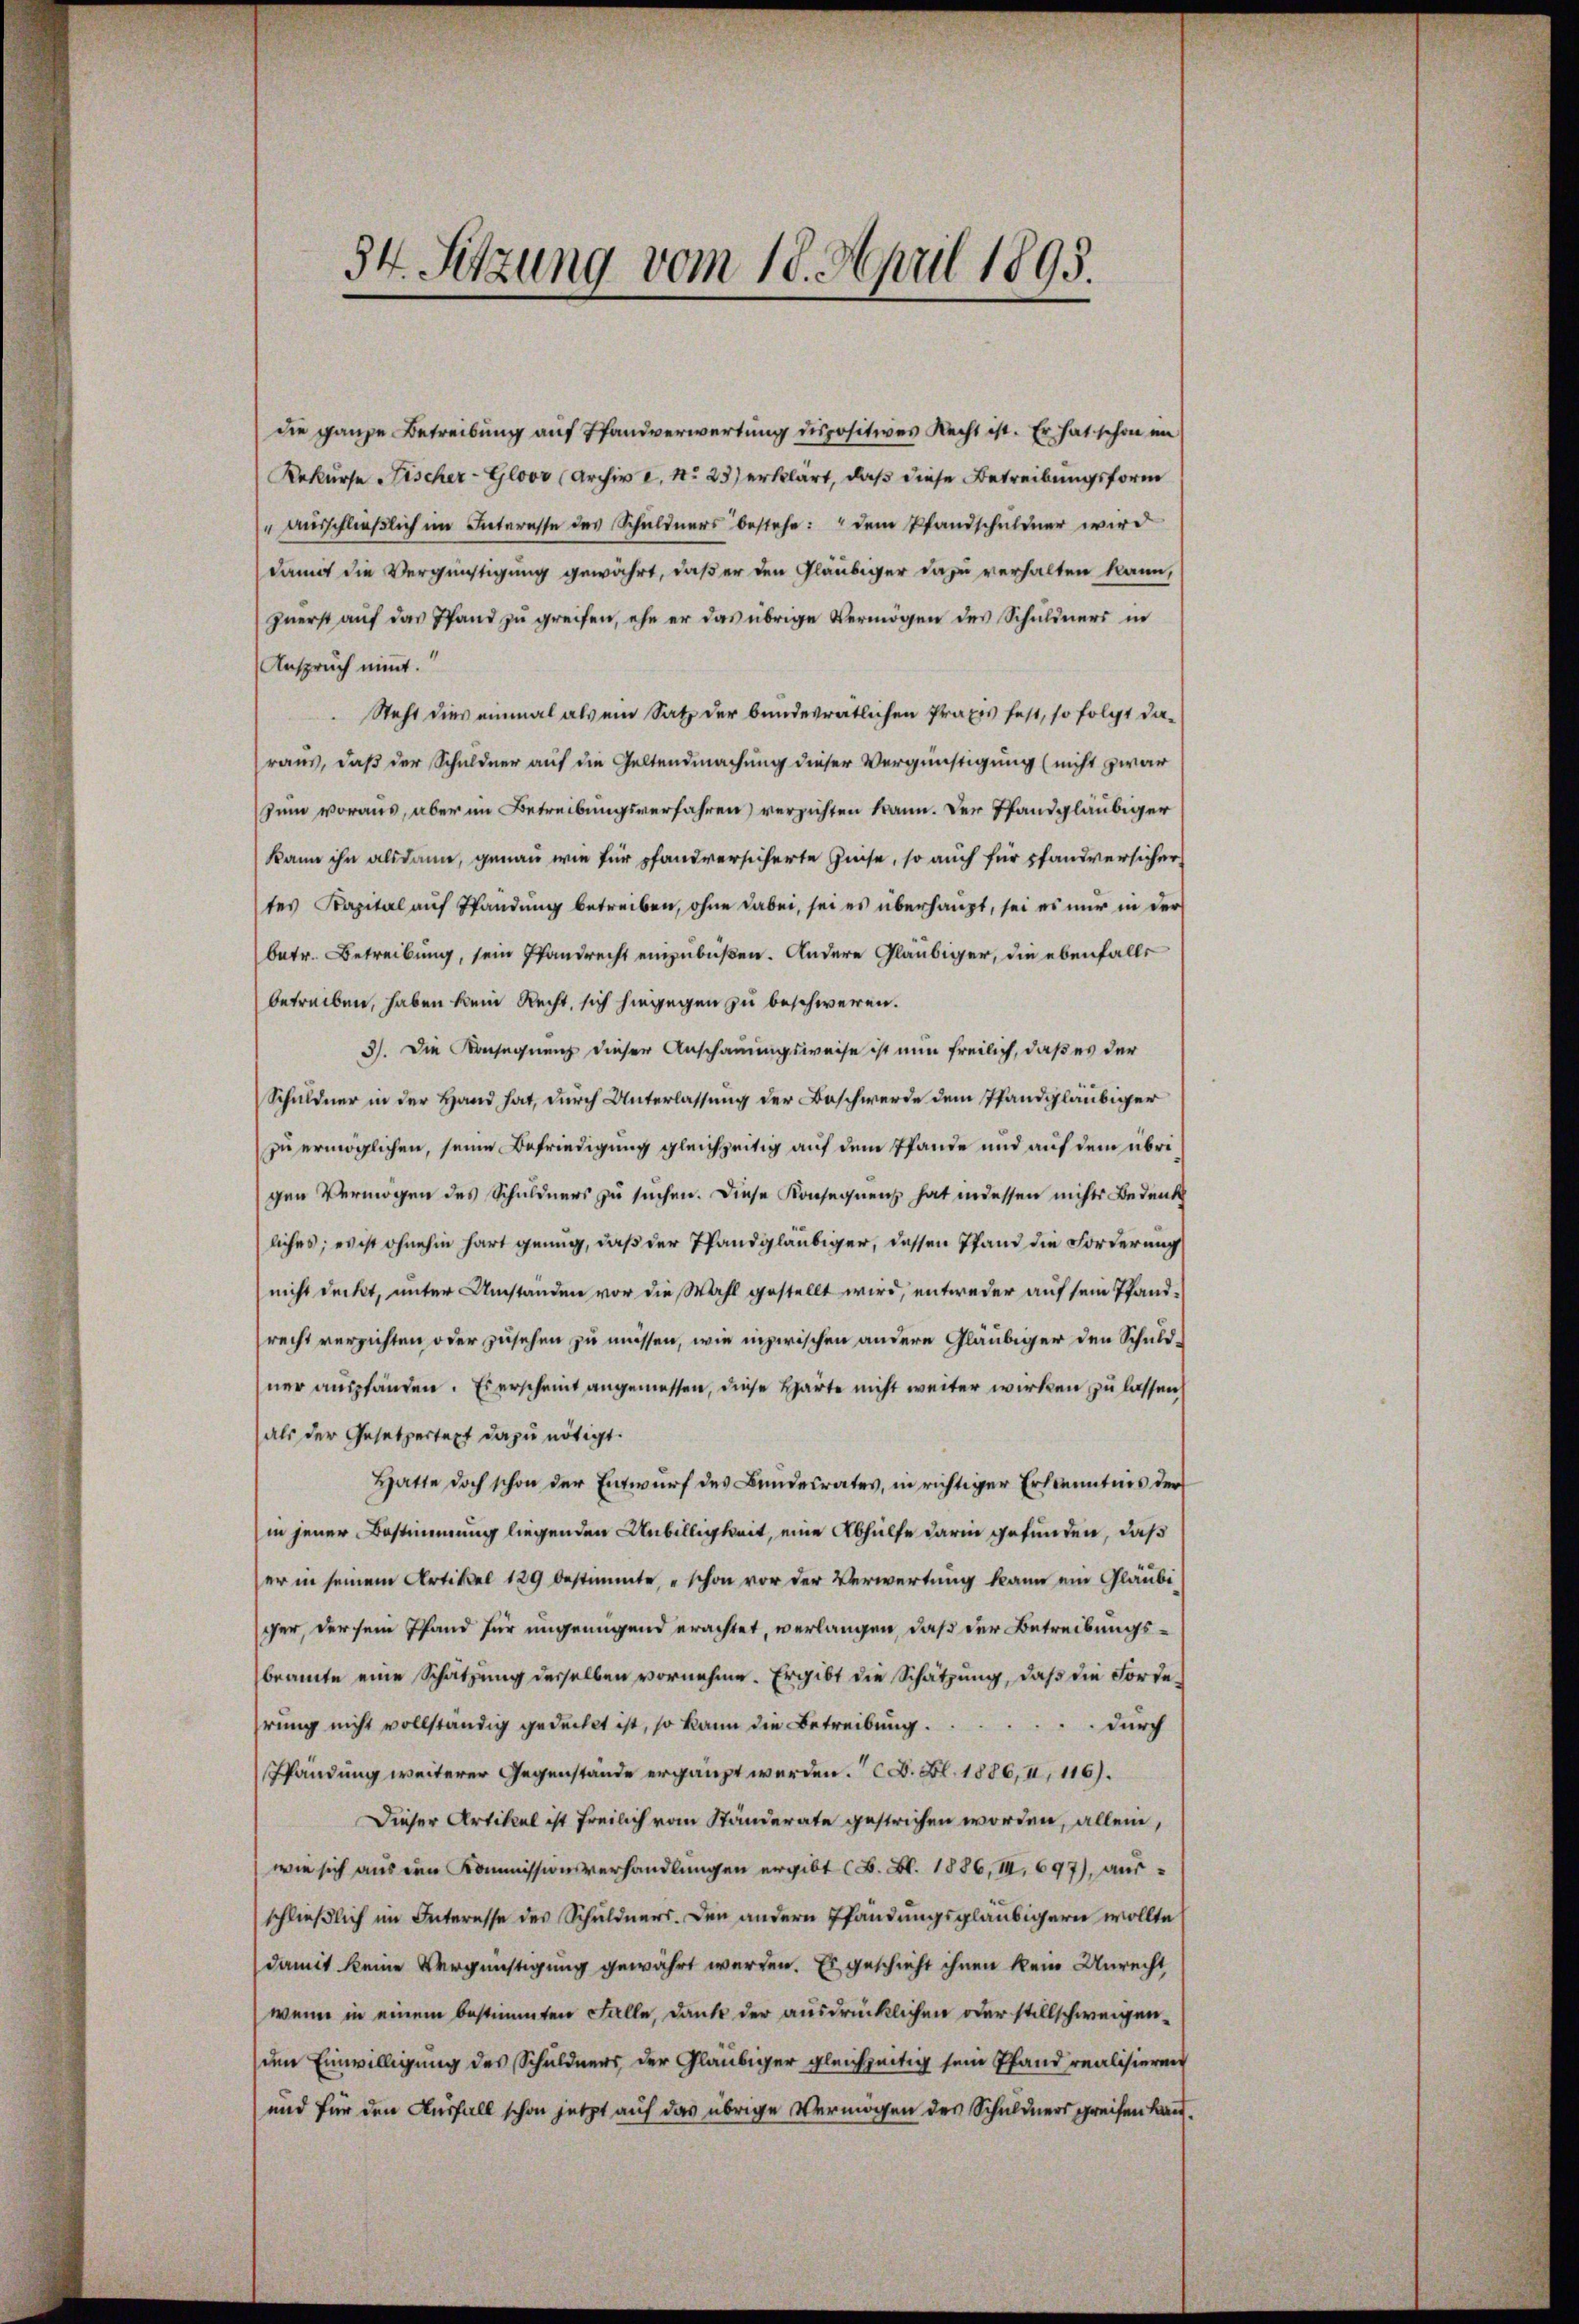
54. Sitzung vom 18. April 1895.

die ganze Betreibung auf Pfandverwertung dispositives Recht ist. Er hat schon im
Rekurse Fischer-Gloor (Archiv e. No 23) erklärt, daß diese Betreibungsform
" ausschließlich im Interesse des Schuldners bestehe: " dem Pfandschuldner wird
damit die Vergünstigung gewährt, daß er den Gläubiger dazu verhalten kann,
zuerst auf das Pfand zu greifen, ehe er das übrige Vermögen des Schuldners in
Anspruch nimmt.
Steht dies einmal als ein Satz der bundesrätlichen Praxis fest, so folgt da-
raus, daß der Schuldner auf die Geltendmachung dieser Vergünstigung (nicht zwar
sum voraus, aber im Betreibungsverfahren) verzichten kann. Der Pfandgläubiger
kann ihn alsdann, genau wie für pfandversicherte Heise, so auch für pfandversicher
tes Kapital auf Pfandung betreiben, ohne dabei, sei es überhaupt, sei es nur in der
betr. Betreibung, sein Pfandrecht einzubüßen. Andere Gläubiger, die ebenfalls
betreiben, haben kein Recht, sich hingegen zu beschweren.
3). Die Konsegnung dieser Anschauungsweise ist nun freilich, daß es der
Schuldner in der Hand hat, durch Unterlassung der Beschwerde dem Pfandgläubiger
zu ermöglichen, seine Befriedigung gleichzeitig auf dem Pfande und auf dem übrigen Vermögen des Schuldners zu suchen. Diese Konsequenz hat indessen nichts Bedenk
liches, es ist ohnehin hart genug, daß der Pfandgläubiger, dessen Pfand die Forderung
nicht deckt, unter Umständen vor die Wahl gestellt wird, entweder auf sein Pfandrecht verzichten oder zusehen zu müssen, wie inzwischen andere Gläubiger den Schuld-
ner auspfänden. Es erscheint angemessen, diese Härte nicht weiter wirken zu lassen
als der Gesetzertext dazu nötigt.
Hatte doch schon der Entwurf des Bundesrates, in richtiger Erkenntnis der
in jener Bestimmung liegenden Unbilligkeit, eine Abhülfe darin gefunden, daß
er in seinem Artikel 129 bestimmte, schon vor der Verwertung kann ein Gläubi
ger, der sein Pfand für ungenügend erachtet, verlangen, daß der Betreibungsbeamte eine Schätzung desselben vornehme. Er gibt die Schätzung, daß die Fordehrung nicht vollständig gedecket ist, so kann die Betreibung.
durch
Pfändung weiterer Gegenstände ergänzt werden. F. Bl. 1886, II, 116).
Dieser Artikel ist freilich vom Ständerate gestrichen worden, allein,
wie sich aus den Kommissionsverhandlungen ergibt (B. Bl. 1886, II, 697), ausschließlich im Interesse des Schuldners. Den andern Pfändungsgläubigern wollte
damit keine Vergünstigung gewährt werden. Es geschieht ihnen kein Unrecht
wenn in einem bestimmten Falle, danke der ausdrücklichen oder stillschweigenuen Einwilligung des Schuldners der Gläubiger gleichzeitig sein Pfand realisieren
und für den Ausfall schon jetzt auf das übrige Vermögen des Schuldners greifen Lan¬